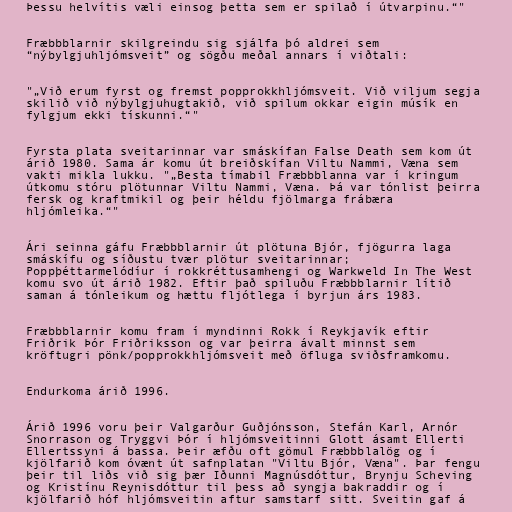
Þessu helvítis væli einsog þetta sem er spilað í útvarpinu.“"

Fræbbblarnir skilgreindu sig sjálfa þó aldrei sem
“nýbylgjuhljómsveit” og sögðu meðal annars í viðtali:

"„Við erum fyrst og fremst popprokkhljómsveit. Við viljum segja
skilið við nýbylgjuhugtakið, við spilum okkar eigin músík en
fylgjum ekki tískunni.“"

Fyrsta plata sveitarinnar var smáskífan False Death sem kom út
árið 1980. Sama ár komu út breiðskífan Viltu Nammi, Væna sem
vakti mikla lukku. "„Besta tímabil Fræbbblanna var í kringum
útkomu stóru plötunnar Viltu Nammi, Væna. Þá var tónlist þeirra
fersk og kraftmikil og þeir héldu fjölmarga frábæra
hljómleika.“"

Ári seinna gáfu Fræbbblarnir út plötuna Bjór, fjögurra laga
smáskífu og síðustu tvær plötur sveitarinnar;
Poppþéttarmelódíur í rokkréttusamhengi og Warkweld In The West
komu svo út árið 1982. Eftir það spiluðu Fræbbblarnir lítið
saman á tónleikum og hættu fljótlega í byrjun árs 1983.

Fræbbblarnir komu fram í myndinni Rokk í Reykjavík eftir
Friðrik Þór Friðriksson og var þeirra ávalt minnst sem
kröftugri pönk/popprokkhljómsveit með öfluga sviðsframkomu.

Endurkoma árið 1996.

Árið 1996 voru þeir Valgarður Guðjónsson, Stefán Karl, Arnór
Snorrason og Tryggvi Þór í hljómsveitinni Glott ásamt Ellerti
Ellertssyni á bassa. Þeir æfðu oft gömul Fræbbblalög og í
kjölfarið kom óvænt út safnplatan "Viltu Bjór, Væna". Þar fengu
þeir til liðs við sig þær Iðunni Magnúsdóttur, Brynju Scheving
og Kristínu Reynisdóttur til þess að syngja bakraddir og í
kjölfarið hóf hljómsveitin aftur samstarf sitt. Sveitin gaf á